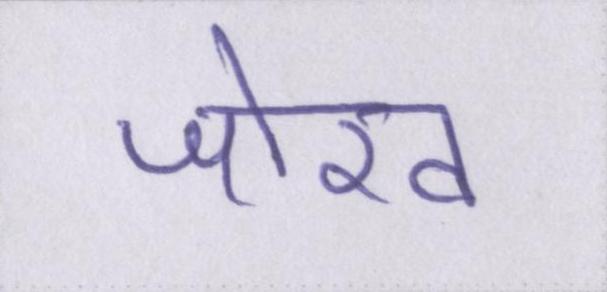
जोख